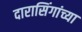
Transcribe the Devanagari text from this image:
दारासिंगांच्या